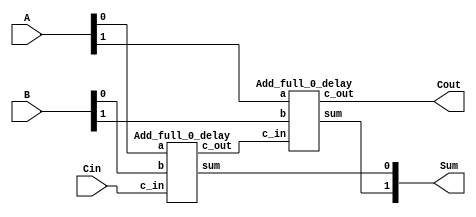
module Top (A,B,Cin,Sum,Cout);
	input [1:0] A;
	input [1:0] B;
	input Cin;
	output [1:0] Sum;
	output Cout;
	
	wire c1;
	
	
	Add_full_0_delay FA0(Sum[0],c1,A[0],B[0],Cin); //Module FA0, all inputs received from Top, outputs split between FA1 (c1) and Top(Sum[0])
	Add_full_0_delay FA1(Sum[1],Cout,A[1],B[1],c1);//Module FA1, inputs from Top(A[1],B[1]) and FA0 (c1), outputs all to Top(Sum[0], Cout)
endmodule


module Add_full_0_delay(sum,c_out,a,b,c_in);
	output sum, c_out;
	input a,b,c_in;
	wire w1, w2, w3;

	Add_half_0_delay M1 (w1,w2,a,b);
	Add_half_0_delay M2 (sum, w3, c_in,w1);
	or M3(c_out, w2,w3);
endmodule

module Add_half_0_delay (sum,c_out,a,b);
	output sum, c_out;
	input a,b;
	xor M1 (sum, a, b);
	and M2 (c_out,a,b);
endmodule